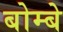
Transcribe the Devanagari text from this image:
बोम्‍बे